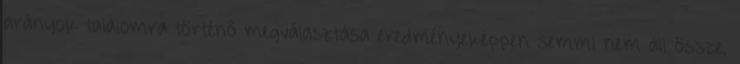
arányok találomra történő megválasztása eredményeképpen semmi nem áll össze,